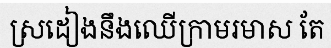
ស្រដៀងនឹងឈើក្រាមរមាស តែ